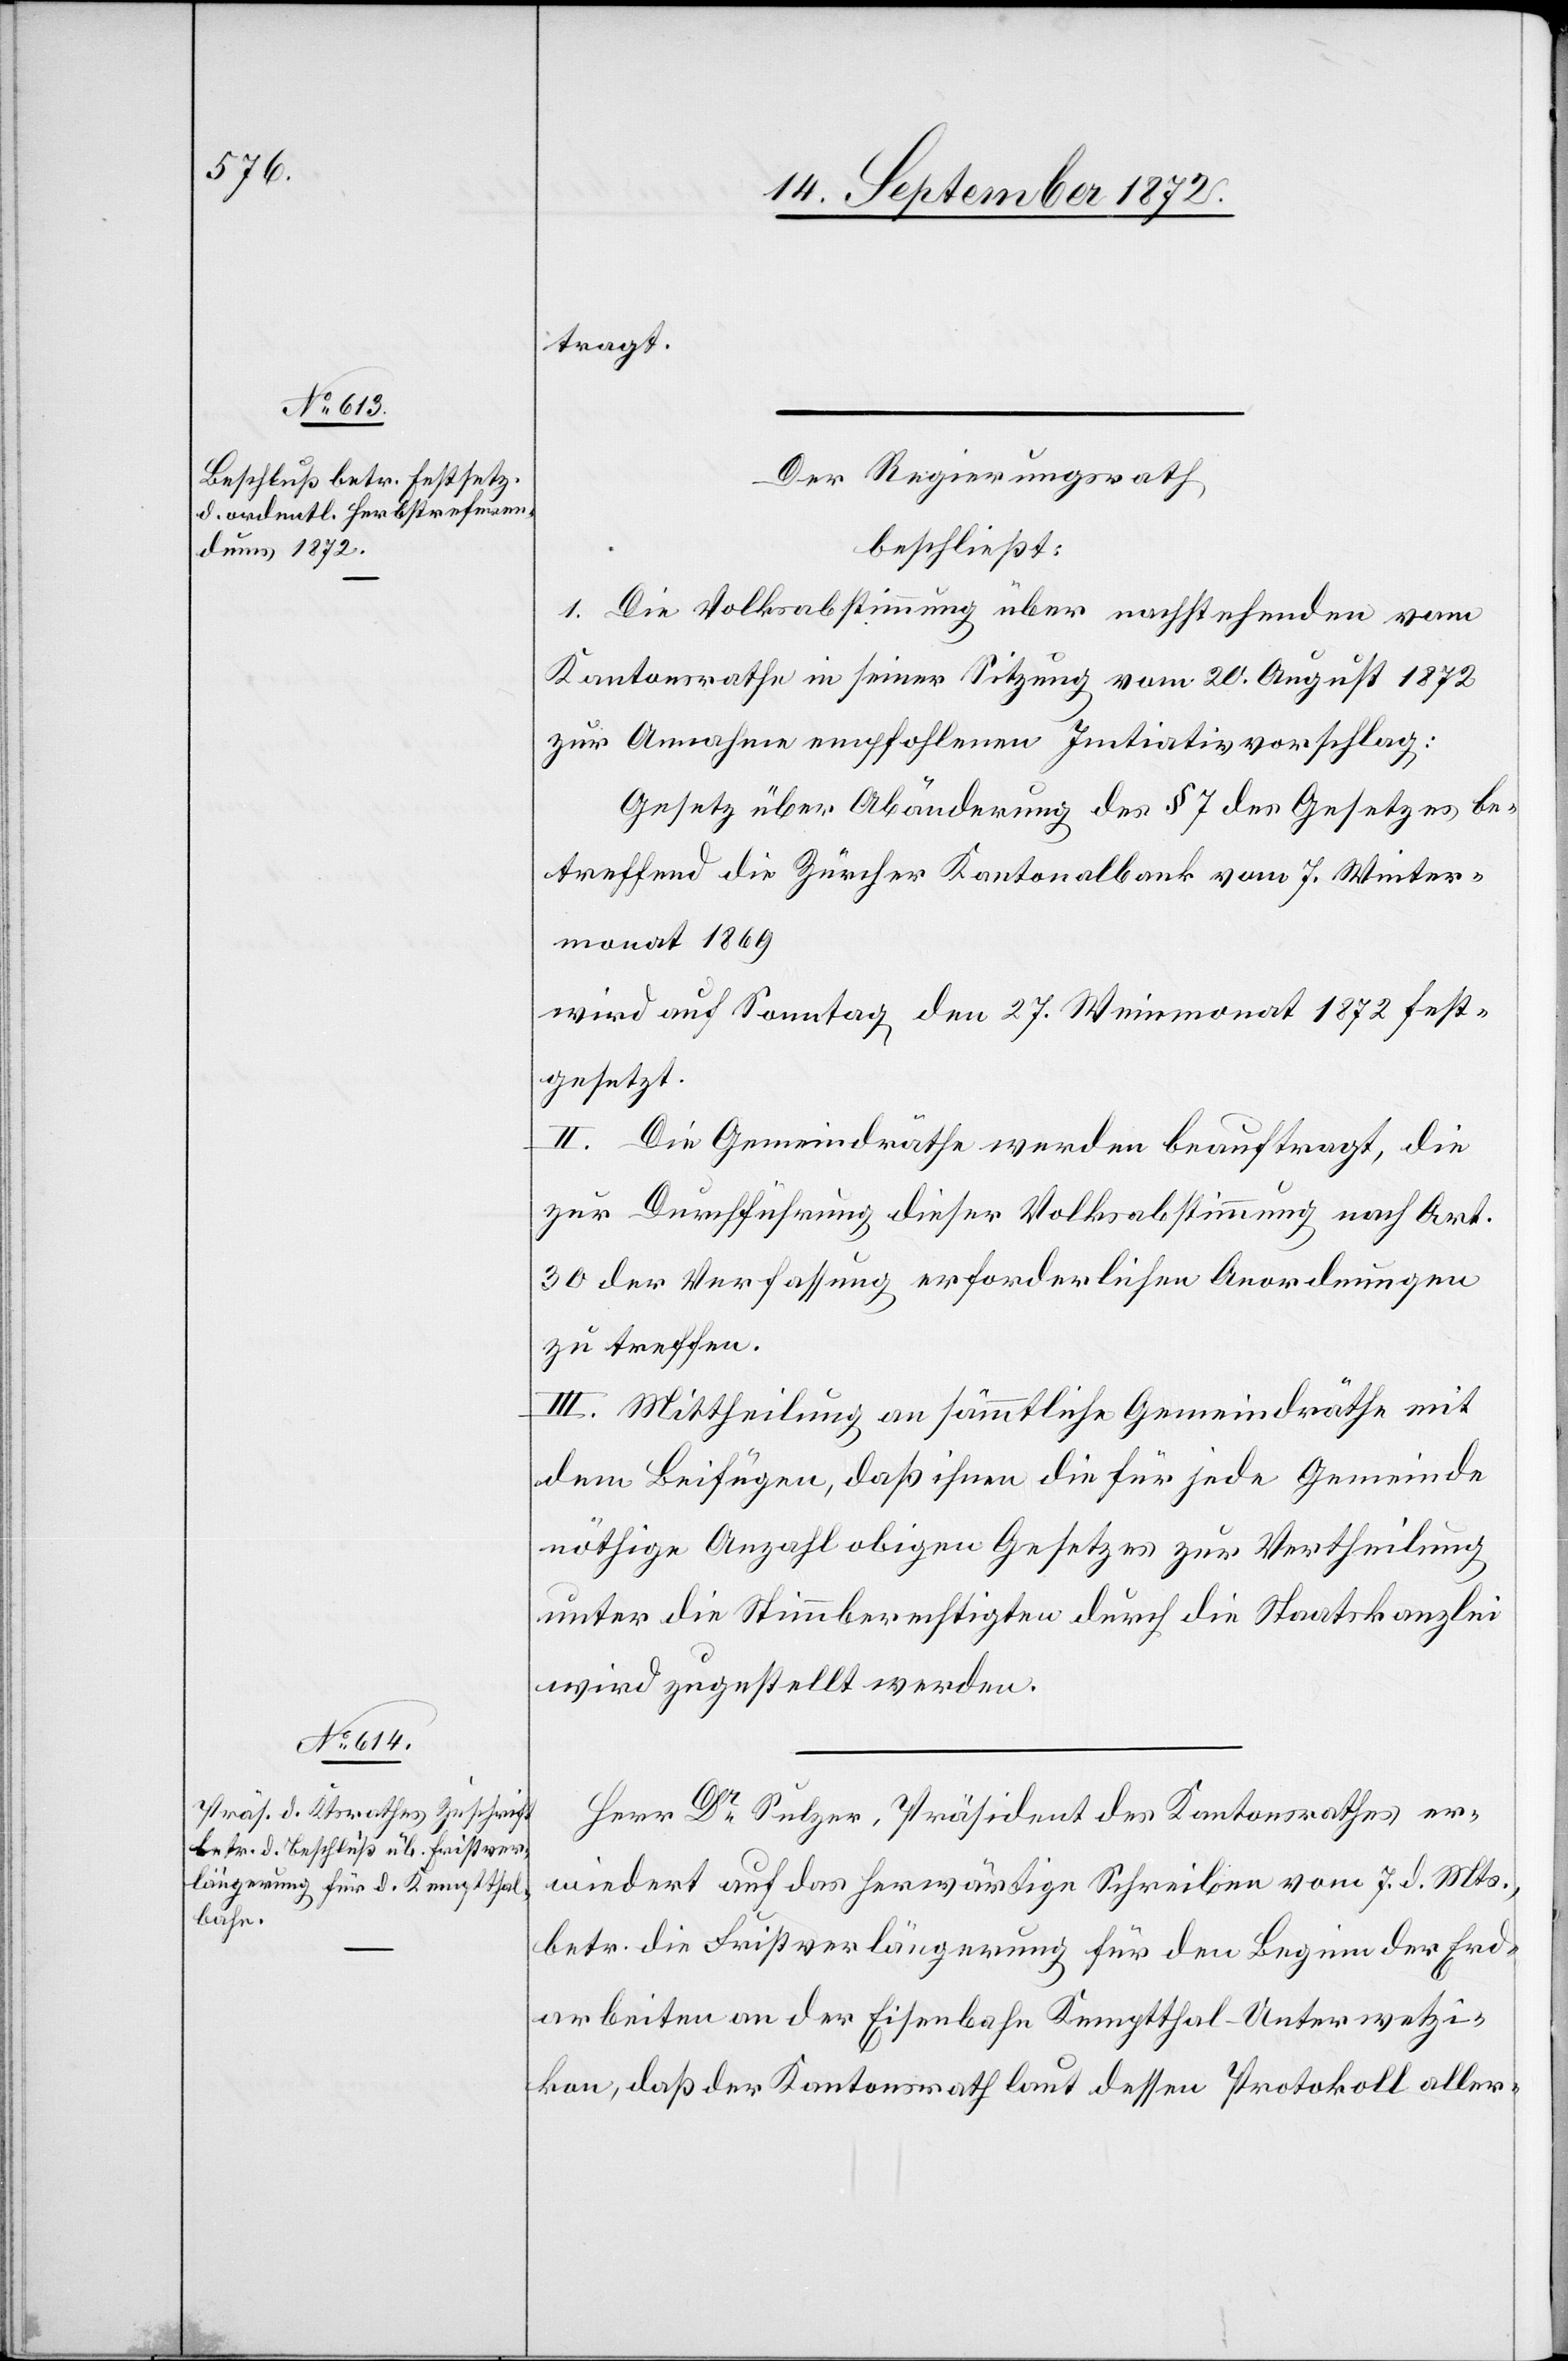
tragt.
Der Regierungsrath
beschließt:
1. Die Volksabstimmung über nachstehenden vom
Kantonsrathe in seiner Sitzung vom 20. August 1872
zur Annahme empfohlenen Initiativvorschlag:
Gesetz über Abänderung des § 7 des Gesetzes be¬
treffend die Zürcher Kantonalbank vom 7. Winter¬
monat 1869
wird auf Sonntag den 27. Weinmonat 1872 fest¬
gesetzt.
II. Die Gemeindräthe werden beauftragt, die
zur Durchführung dieser Volksabstimmung nach Art.
30 der Verfassung erforderlichen Anordnungen
zu treffen.
III. Mittheilung an sämmtliche Gemeindräthe mit
dem Beifügen, daß ihnen die für jede Gemeinde
nöthige Anzahl obigen Gesetzes zur Vertheilung
unter die Stimmberechtigten durch die Staatskanzlei
wird zugestellt werden.
Herr Dr Sulzer, Präsident des Kantonsrathes er¬
wiedert auf das herwärtige Schreiben vom 7. d. Mts.,
betr. die Fristverlängerung für den Beginn der Erd¬
arbeiten an der Eisenbahn Kemptthal–Unterwetzi¬
kon, daß der Kantonsrath laut dessen Protokoll aller-